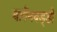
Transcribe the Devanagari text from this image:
बार्गेनबड्डी